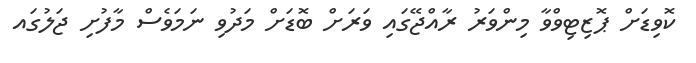
ކޮވިޑަށް ޕޮޒިޓިވްވާ މިންވަރު ރާއްޖޭގައި ވަރަށް ބޮޑަށް މަދުވި ނަމަވެސް މާފުށި ޖަލުގައ